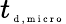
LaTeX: {t}_{\tiny{\mathrm{~d~,~m~i~c~r~o~}}}